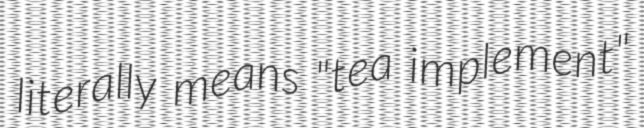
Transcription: literally means "tea implement"